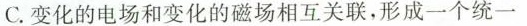
C.变化的电场和变化的磁场相互关联，形成一个统一